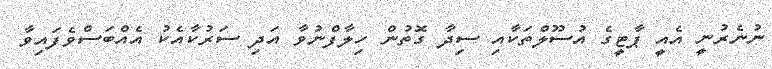
ނުނެރުނީ އެއީ ޕާޓީގެ އުސޫލްތަކާއި ސިދާ ގޮތުން ހިލާފްނުވާ އަދި ސަރުކާއެކު އެއްބަސްވެފައިވާ